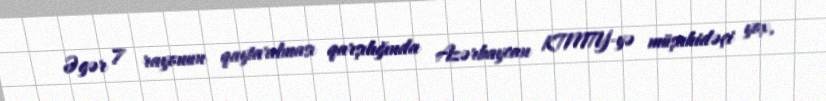
Əgər 7 rayonun qaytarılması qarşılığında Azərbaycan KTMTY-yə müşahidəçi yox,